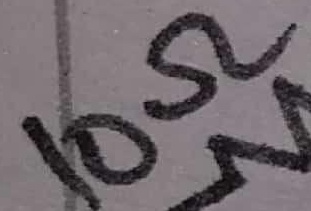
Text: 10Ω